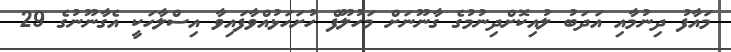
މައާފު ދިނުމާއި އަދަބު ލުއިކޮށްދިނުމުގެ ގާނޫނަށް މަހުލޫފް ހުށަހަޅުއްވާފައިވާ އިސްލާހަކީ އެގާނޫނުގެ 29